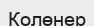
Қолөнер